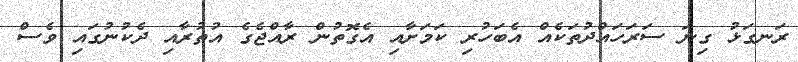
ރަނގަޅު ގިނަ ސަރަހައްދުތަކެއް އެބަހުރި ކަމަށާއި އެގޮތުން ރާއްޖެގެ އުތުރާއި ދެކުނުގައި ވެސް